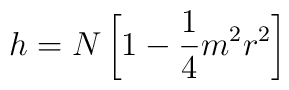
h = N \left[1 - \frac{1}{4} m^2 r^2\right]